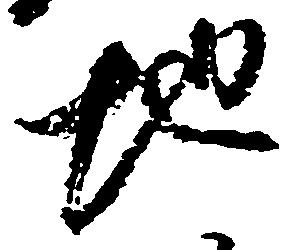
地